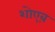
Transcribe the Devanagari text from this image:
शोएब़